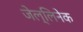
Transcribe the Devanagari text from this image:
जेल्लिनेक